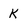
Character: K